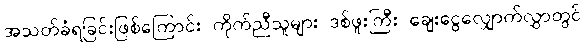
အသတ်ခံရခြင်းဖြစ်ကြောင်း ကိုက်ညီသူများ ဒစ်ဖူးကြီး ချေးငွေလျှောက်လွှာတွင်